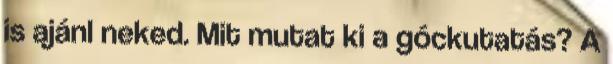
is ajánl neked. Mit mutat ki a góckutatás? A